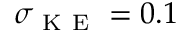
\sigma _ { \mathrm { ~ K ~ E ~ } } = 0 . 1 \